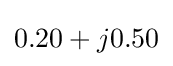
0.20+j0.50